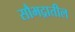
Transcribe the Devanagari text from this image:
सौभद्रातील